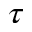
\tau